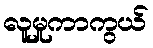
လူမှုကာကွယ်